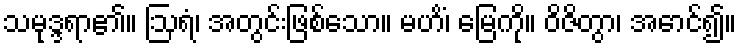
သမုဒ္ဒရာ၏။ ဩရံ၊ အတွင်းဖြစ်သော။ မဟိံ၊ မြေကို။ ဝိဇိတွာ၊ အောင်၍။